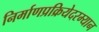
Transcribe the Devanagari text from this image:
निर्माणप्रक्रियेदरम्यान